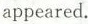
appeared.